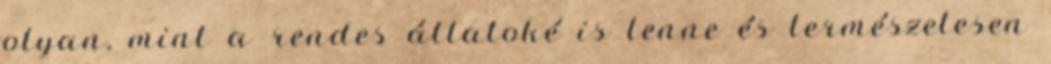
olyan, mint a rendes állatoké is lenne és természetesen